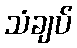
သံချပ်